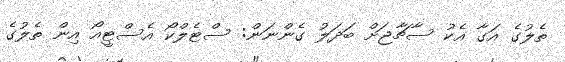
ތެލުގެ އަގާ އެކު ސާޗާޖަށް ބަދަލު ގެންނަން: ސްޓެލްކޯ އެސްޓީއޯ އިން ތެލުގެ